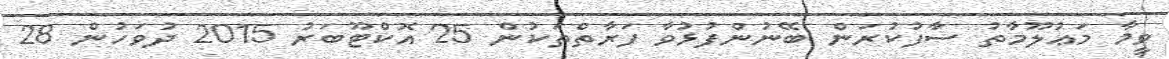
ވީމާ މަޢުލޫމާތު ސާފުކުރަން ބޭނުންފުޅުވާ ފަރާތްތަކުން 25 އޮކްޓޫބަރު 2015 ދުވަހުން 28